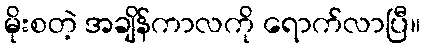
မိုးစတဲ့ အချိန်ကာလကို ရောက်လာပြီ။